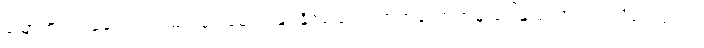
မြောက်ဖက်မုခ်တွင် ကူမင်းမှာ မောင်းနှင်နိုင်မည့် လတ်တလောကမှ ဒေါ်နူးတောင်က သိမ်းကျုံး၍